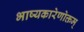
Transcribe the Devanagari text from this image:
भाष्यकारेणोक्तम्